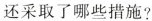
还采取了哪些措施?